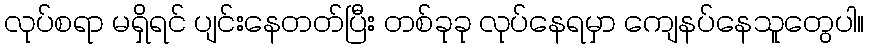
လုပ်စရာ မရှိရင် ပျင်းနေတတ်ပြီး တစ်ခုခု လုပ်နေရမှာ ကျေနပ်နေသူတွေပါ။